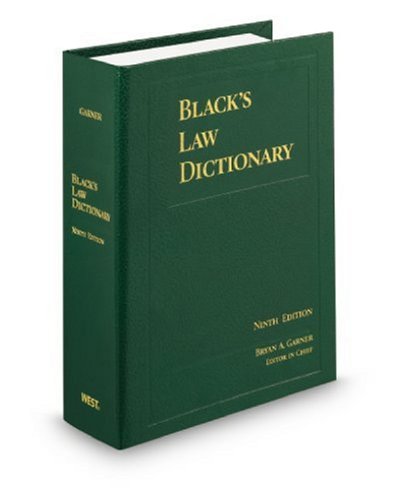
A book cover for Black's Law Dictionary, Standard Ninth Edition; Bryan A. Garner; Law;